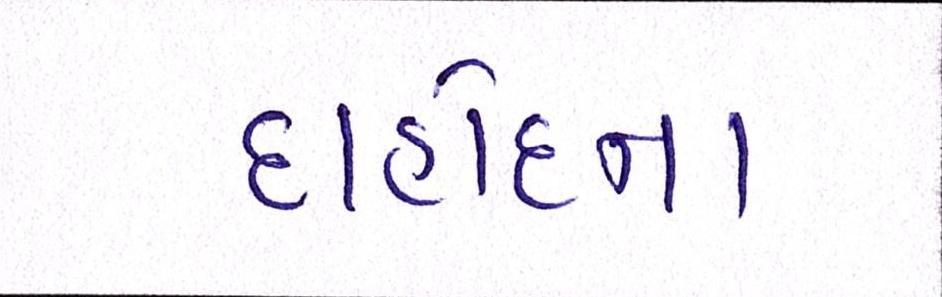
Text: દાહોદના